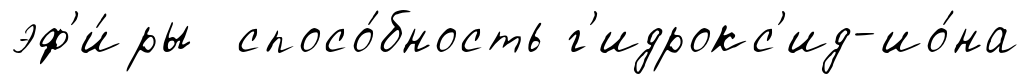
эф'и́ры спосо́бность г'идрокс'ид-ио́на